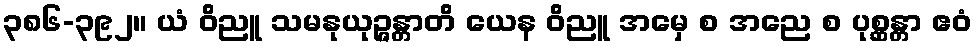
၃၈၆-၃၉၂။ ယံ ဝိညူ သမနုယုဉ္ဇန္တာတိ ယေန ဝိညူ အမှေ စ အညေ စ ပုစ္ဆန္တာ ဧဝံ